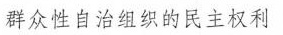
群众性自治组织的民主权利